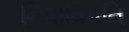
નિષાધિપતિ